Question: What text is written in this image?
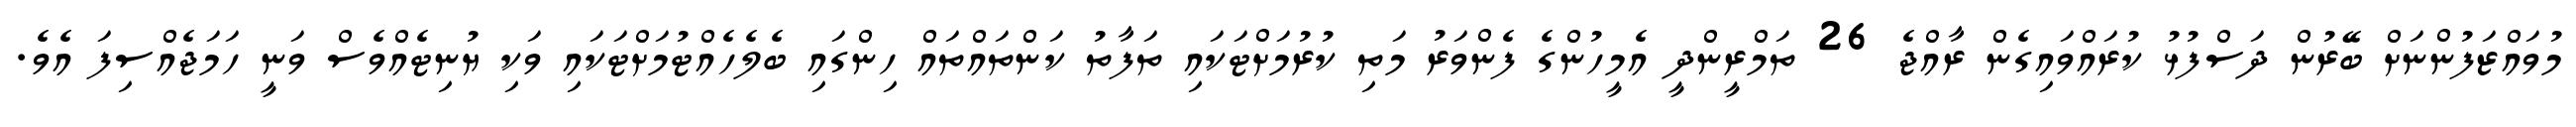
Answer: މުވައްޒަފުންނަށް ބޭރުން ދަސްފުޅު ކުރައްވައިގެން ރާއްޖެ 26 ތަމްރީންދީ އެމީހުންގެ ފެންވަރު މަތި ކުރުމަށްޓަކައި ތަފާތު ކަންތައްތައް ހިންގައި ބެލެހެއްޓުމަށްޓަކައި ވަކި ޔުނިޓެއްވެސް ވަނީ ހަމަޖެއްސިފަ އެވެ.